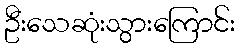
ဦးသေဆုံးသွားကြောင်း